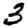
Digit: 3